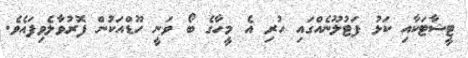
ޓީޝާޓަކާއި ކަޅު ފަޓުލޫނެއްގައި ހުރި އެ މީހާގެ ބޯ ވަނީ ހޫޑްއަކުން ފޮރުވާލެވިފައެވެ.